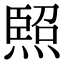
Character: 𭵳